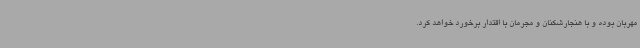
مهربان بوده و با هنجارشکنان و مجرمان با اقتدار برخورد خواهد کرد.